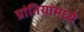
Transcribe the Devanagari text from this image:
प्रांतियांमध्ये